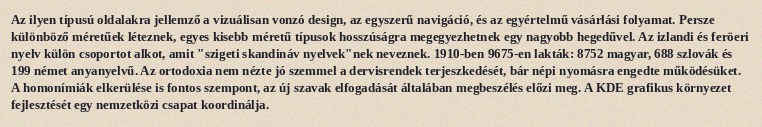
Az ilyen típusú oldalakra jellemző a vizuálisan vonzó design, az egyszerű navigáció, és az egyértelmű vásárlási folyamat. Persze különböző méretűek léteznek, egyes kisebb méretű típusok hosszúságra megegyezhetnek egy nagyobb hegedűvel. Az izlandi és feröeri nyelv külön csoportot alkot, amit "szigeti skandináv nyelvek"nek neveznek. 1910-ben 9675-en lakták: 8752 magyar, 688 szlovák és 199 német anyanyelvű. Az ortodoxia nem nézte jó szemmel a dervisrendek terjeszkedését, bár népi nyomásra engedte működésüket. A homonímiák elkerülése is fontos szempont, az új szavak elfogadását általában megbeszélés előzi meg. A KDE grafikus környezet fejlesztését egy nemzetközi csapat koordinálja.